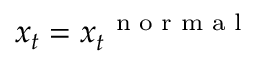
\boldsymbol x _ { t } = \boldsymbol x _ { t } ^ { \mathrm { ~ \scriptsize ~ n ~ o ~ r ~ m ~ a ~ l ~ } }